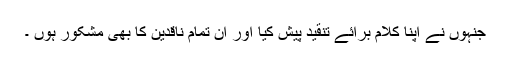
جنہوں نے اپنا کلام برائے تنقید پیش کیا اور ان تمام ناقدین کا بھی مشکور ہوں ۔